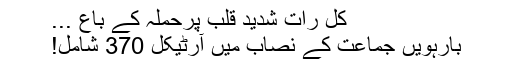
کل رات شدید قلب پرحملہ کے باع ...
بارہویں جماعت کے نصاب میں آرٹیکل 370 شامل!